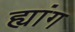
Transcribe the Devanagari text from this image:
ह्यांग